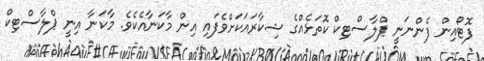
ފޮޓޯއިން ފެންނަނީ ޕްލާސްޓިކް ކޮތަޅެއްގެ ޝިކާރައަކަށްވެފައި އިން މާކަނާއެކެވެ. މާކަނާ އިނީ ޕްލާސްޓިކް